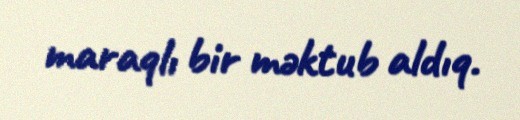
maraqlı bir məktub aldıq.